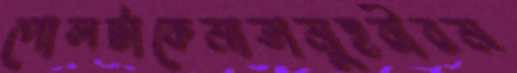
পোলটাকেমাতামুহুরীরম